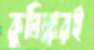
কুমিল্লারই